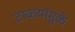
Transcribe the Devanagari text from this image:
टाळ्यांमुळे